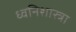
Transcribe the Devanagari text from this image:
ध्वनिशास्त्रा